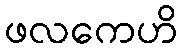
ဖလကေဟိ